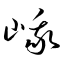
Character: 峨